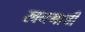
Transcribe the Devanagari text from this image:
खनगानी